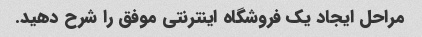
مراحل ایجاد یک فروشگاه اینترنتی موفق را شرح دهید.